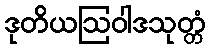
ဒုတိယဩဝါဒသုတ္တံ